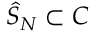
{ \hat { S } } _ { N } \subset C